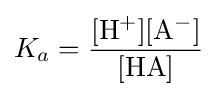
K_{a}=\mathrm {\frac {[H^{+}][A^{-}]}{[HA]}}